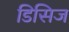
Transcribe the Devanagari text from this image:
डिसिज